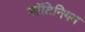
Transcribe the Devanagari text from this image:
प्लॅटिनियम